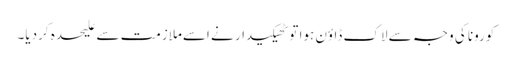
کورونا کی وجہ سے لاک ڈاؤن ہوا تو ٹھیکیدار نے اسےملازمت سے علیحدہ کردیا۔